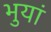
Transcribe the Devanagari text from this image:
भुयां